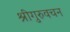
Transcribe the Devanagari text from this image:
श्रीगुरुवचन